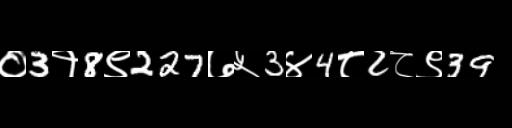
Text: ०3१8९227७५3४4८2८९39